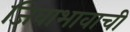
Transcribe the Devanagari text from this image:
जिवाभावाची